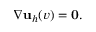
\nabla { \mathbf u } _ { h } ( v ) = { \mathbf 0 } .